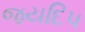
જયદિપ